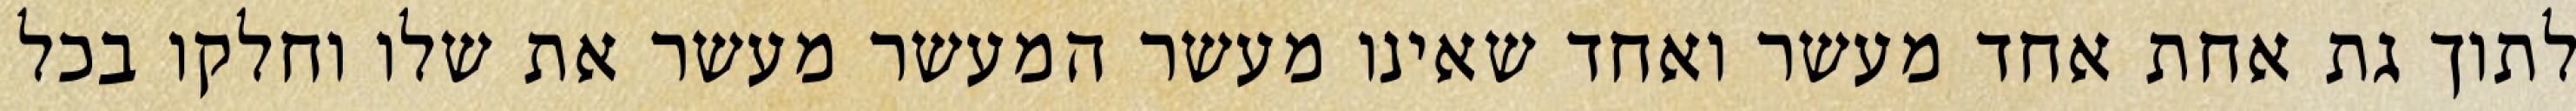
לתוך גת אחת אחד מעשר ואחד שאינו מעשר המעשר מעשר את שלו וחלקו בכל